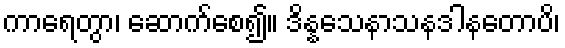
ကာရေတွာ၊ ဆောက်စေ၍။ ဒိန္နသေနာသနဒါနတောပိ၊